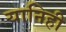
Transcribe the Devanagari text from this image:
यानिही